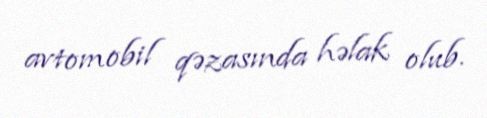
avtomobil qəzasında həlak olub.